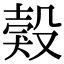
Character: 㺉